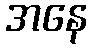
အနေ